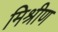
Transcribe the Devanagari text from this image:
मिश्रीण